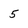
Character: 5